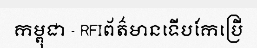
កម្ពុជា - RFIព័ត៌មានទើបកែប្រើ